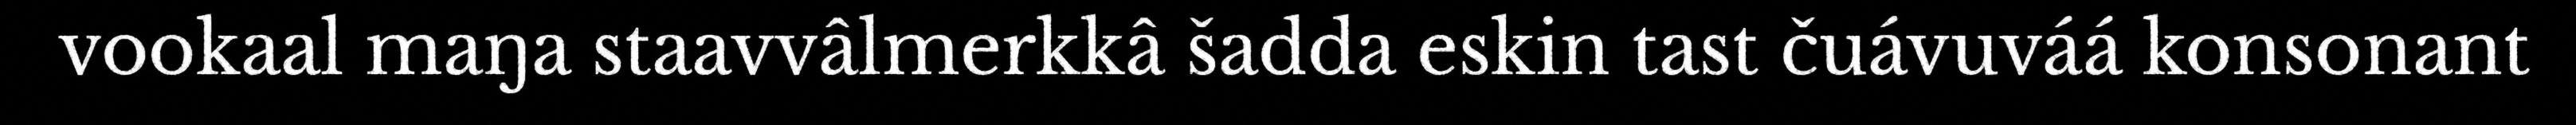
vookaal maŋa staavvâlmerkkâ šadda eskin tast čuávuváá konsonant